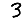
Digit: 3